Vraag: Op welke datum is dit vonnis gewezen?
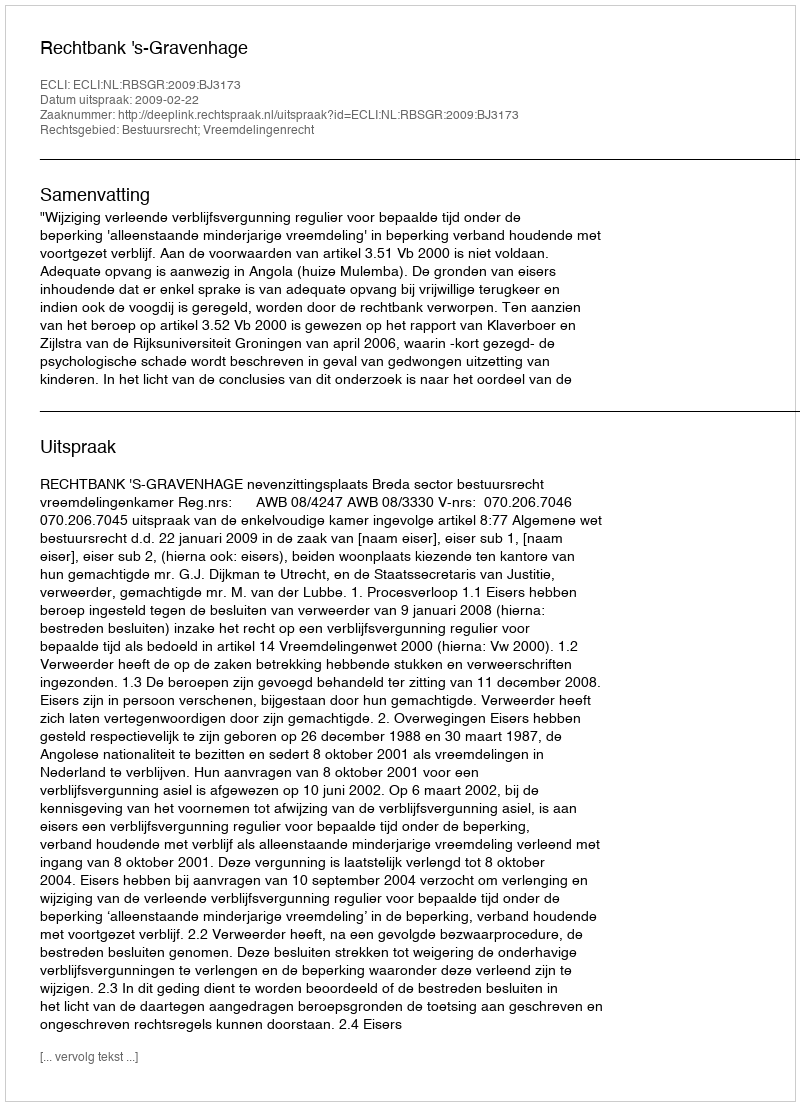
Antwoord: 2009-02-22